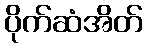
ပိုက်ဆံအိတ်